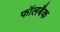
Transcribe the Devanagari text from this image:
फॉलबैक